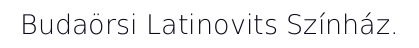
Budaörsi Latinovits Színház.